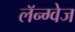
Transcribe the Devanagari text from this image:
लॅन्ग्वेज